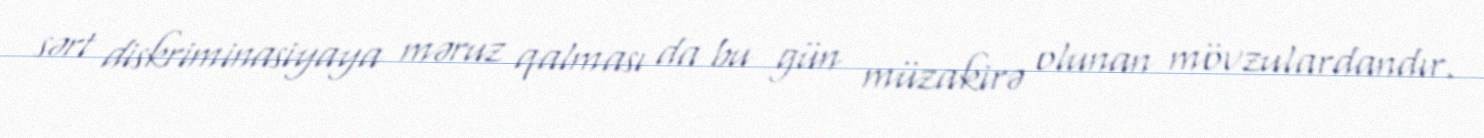
sərt diskriminasiyaya məruz qalması da bu gün müzakirə olunan mövzulardandır.